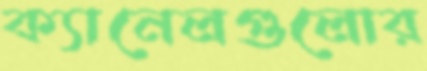
ক্যানেলগুলোর